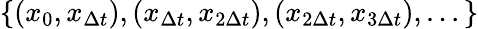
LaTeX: \{ (x_{0},x_{\Delta t}),(x_{\Delta t},x_{2\Delta t}),(x_{2\Delta t},x_{3\Delta t}),...\}